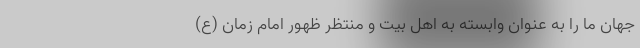
جهان ما را به عنوان وابسته به اهل بیت و منتظر ظهور امام زمان (ع)